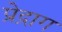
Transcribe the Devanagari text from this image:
प्रेद्राग